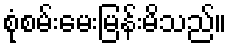
စုံစမ်းမေးမြန်းမိသည်။